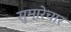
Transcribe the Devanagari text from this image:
सुमारेचार